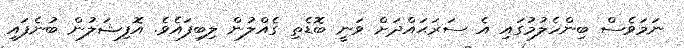
ނަމަވެސް ބިންހެލުމުގައި އެ ސަރަޙައްދަށް ވަނީ ބޮޑެތި ގެއްލުން ލިބިފައެވެ. އޮފިޝަލުން ބުނެފައި